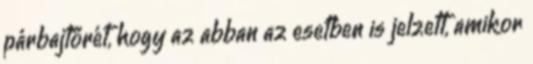
párbajtőrét, hogy az abban az esetben is jelzett, amikor